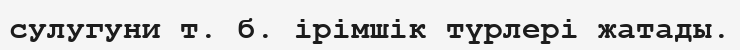
сулугуни т. б. ірімшік түрлері жатады.